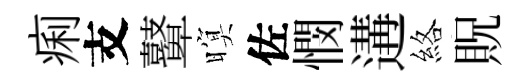
痢支鼙暝佐憫遘絡貺